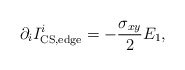
\begin{align*}\partial_i I^i_{\rm CS,edge}=-{\sigma_{xy}\over 2}E_1,\end{align*}